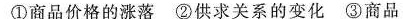
①商品价格的涨落②供求关系的变化③商品